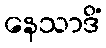
နေသာဒိံ